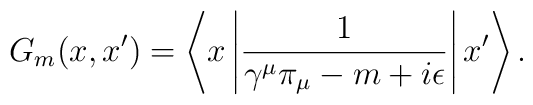
G_m(x,x^{\prime })=\left\langle x\left| \frac 1{\gamma ^\mu \pi _\mu-m+i\epsilon }\right| x^{\prime }\right\rangle .